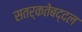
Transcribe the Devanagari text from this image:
सतर्कतेबद्दल